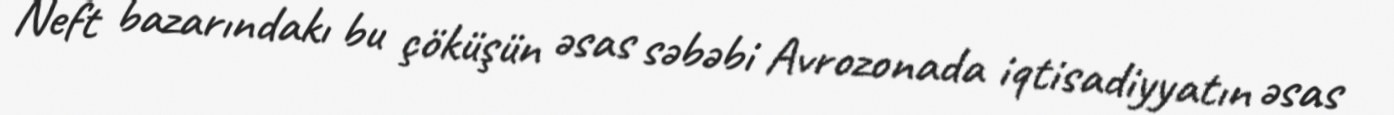
Neft bazarındakı bu çöküşün əsas səbəbi Avrozonada iqtisadiyyatın əsas